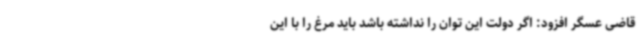
قاضی عسگر افزود: اگر دولت این توان را نداشته باشد باید مرغ را با این